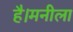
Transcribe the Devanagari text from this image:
है।मनीला